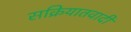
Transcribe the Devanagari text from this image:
सक्रियातवादी